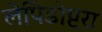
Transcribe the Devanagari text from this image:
लेपिडोप्टरा